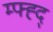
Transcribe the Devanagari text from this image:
म्फ्ह्द्